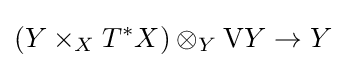
\left(Y\times _{X}T^{*}X\right)\otimes _{Y}\mathrm {V} Y\to Y